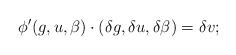
LaTeX: \begin{align*}\phi'(g,u,\beta)\cdot (\delta g,\delta u, \delta \beta) = \delta v;\end{align*}